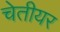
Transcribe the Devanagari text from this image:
चेतीयर